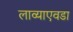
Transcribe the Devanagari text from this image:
लाव्याएवडा